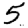
Digit: 5